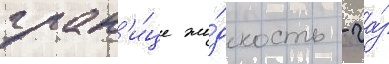
гран'и́це жи́дкость - га́з